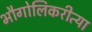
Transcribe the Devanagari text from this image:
भौगोलिकरीत्या